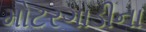
મોટરગાડીના